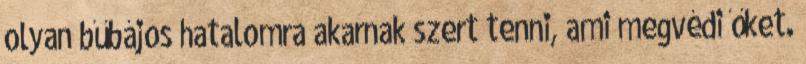
olyan bűbájos hatalomra akarnak szert tenni, ami megvédi őket.